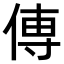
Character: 𫝊